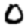
Digit: 0